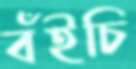
বঁইচি